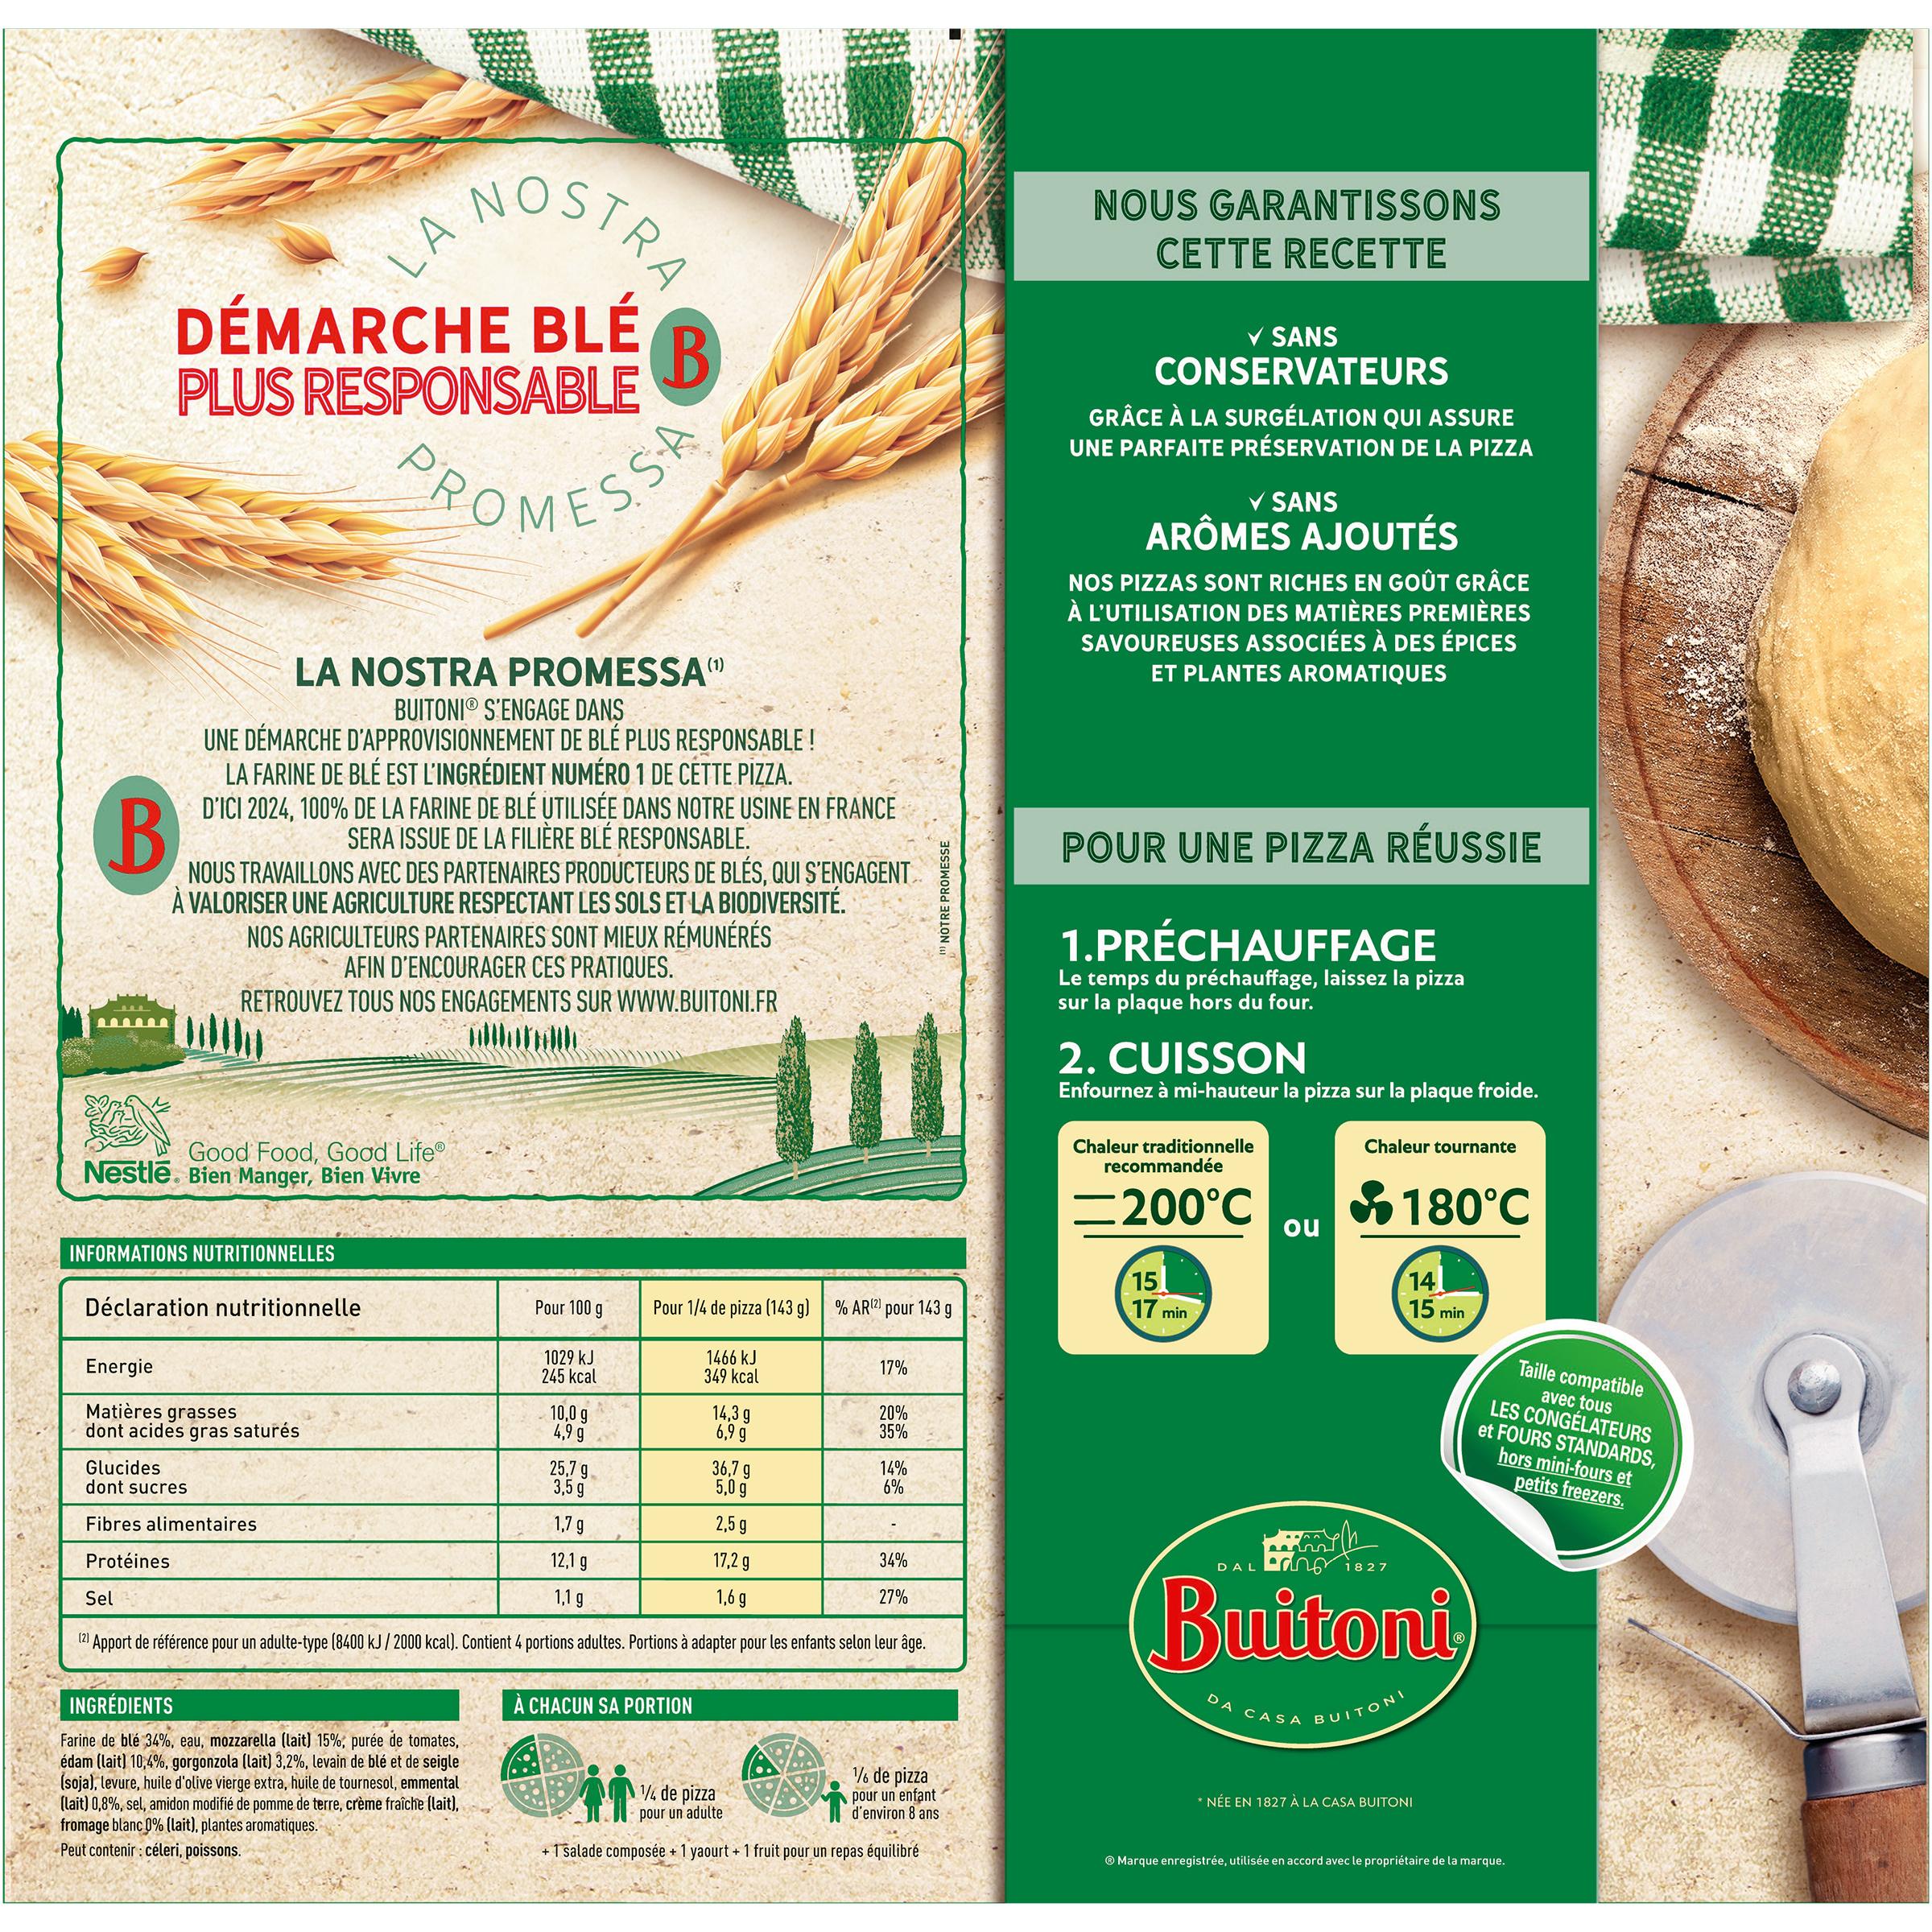
NOSTRA
NOUS GARANTISSONS CETTE RECETTE
LA DÉMARCHE BLÉ PLUS RESPONSABLE
V SANS CONSERVATEURS
GRÂCE À LA SURGÉLATION QUI ASSURE UNE PARFAITE PRÉSERVATION DE LA PIZZA
ROMESSE
V SANS
ARÔMES AJOUTÉS
NOS PIZZAS SONT RICHES EN GOÛT GRÂCE À L'UTILISATION DES MATIÈRES PREMIÈRES SAVOUREUSES ASSOCIÉES À DES ÉPICES
LA NOSTRA PROMESSA" BUITONIO S'ENGAGE DANS UNE DÉMARCHE D'APPROVISIONNEMENT DE BLÉ PLUS RESPONSABLE ! LA FARINE DE BLÉ EST L'INGRÉDIENT NUMÉRO 1 DE CÉTTE PİZZA. D'ICI 2024, 100% DE LA FARINE DE BLÉ UTILISÉE DANS NOTRE USINE EN FRANCE SERA ISSUE DE LA FILIÈRE BLÉ RESPONSABLE. NOUS TRAVAILLONS AVEC DES PARTENAIRES PRODUCTEURS DE BLÉS, QUI S'ENGAGENT. À VALORISER UNE AGRICULTURE RESPECTANT LES SOLS ET LA BIODIVERSITÉ. NOS AGRICULTEURS PARTENAIRES SONT MIEUX RÉMUNÉRÉS AFIN D'ENCOURAGER CES PRATIQUES. RETROUVEZ TOUS NOS ENGAGEMENTS SUR WWW.BUITONI.FR
ET PLANTES AROMATIQUES
POUR UNE PIZZA RÉUSSIE
1.PRÉCHAUFFAGE
Le temps du préchauffage, laissez la pizza sur la plaque hors du four.
2. CUISSON
Enfournez à mi-hauteur la pizza sur la plaque froide.
Chaleur tournante
Chaleur traditionnelle recommandée
Good Food, Good Life Nestlē. Bien Manger, Bien Vivre
180°C
=200°C
ou
14 15 min
INFORMATIONS NUTRITIONNELLES
15 17 min
Pour 100 g
Pour 1/4 de pizza (143 g) | % AR2 pour 143 g
Déclaration nutritionnelle
Taille compatible
1029 kJ 245 kcal
1466 kJ 349 kcal
17%
Energie
avec tous
LES CONGÉLATEURS et FOURS STANDARDS, hors mini-fours et petits freezers.
Matières grasses dont acides gras saturés
10,0 g 4,9 g
14,3 g 6,9 g
20% 35%
Glucides dont sucres
25,7 g 3,5 g
36,7 g 5,0 g
14% 6%
1,7 g
2,5 9
Fibres alimentaires
17,2 g
34%
DAL Oanoi 8 2
12,1 g
Buttoni
Protéines
1,1 g
1,6 9
27%
Sel
(2)
Apport de référence pour un adulte-type (8400 kJ/ 2000 kcal). Contient 4 portions adultes. Portions à adapter pour les enfants selon leur âge.
À CHACUN SA PORTION
DA CASA BUITONI
INGRÉDIENTS
Farine de blé 34%, eau, mozzarella (lait) 15%; purée de tomates, édam (lait) 10,4%, gorgonzola (lait) 3,2%, levain de blé et de seigle (soja), levure, huile d'olive vierge extra, huile de tournesol, emmental (lait) 0,8%, sel, amidon modifié de pomme de terre, crème fraîche (lait), fromage blanc 0% (lait), plantes aromatiques. Peut contenir : céleri, poissons.
% de pizza pour un enfant d'environ 8 ans
¼ de pizza
NÉE EN 1827 À LA CASA BUITONI
pour un adulte
+ 1 salade composée + 1 yaourt + 1 fruit pour un repas équilibré
® Marque enregistrée, utilisée en accord avec le propriétaire de la marque.
1" NOTRE PROMESSE